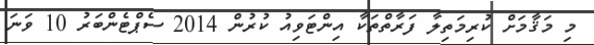
މި މަޤާމަށް ކުރިމަތިލާ ފަރާތްތަކާ އިންޓަވިއު ކުރުން 2014 ސެޕްޓެންބަރު 10 ވަނަ